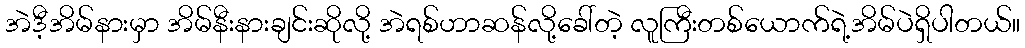
အဲဒီ့အိမ်နားမှာ အိမ်နီးနားချင်းဆိုလို့ အဲရစ်ဟာဆန်လို့ခေါ်တဲ့ လူကြီးတစ်ယောက်ရဲ့အိမ်ပဲရှိပါတယ်။